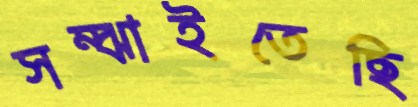
সম্‌ঝাইতেছি